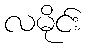
လမိုင်း